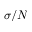
\sigma / N